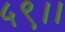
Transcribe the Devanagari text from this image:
५९।।